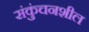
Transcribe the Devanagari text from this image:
संकुंचनशील